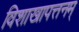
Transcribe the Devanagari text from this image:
विशाखापत्तनम्‌